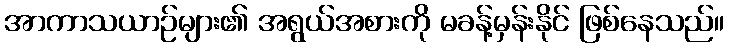
အာကာသယာဉ်များ၏ အရွယ်အစားကို မခန့်မှန်းနိုင် ဖြစ်နေသည်။